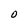
Character: O